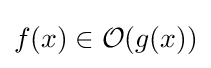
f(x)\in {\mathcal {O}}(g(x))